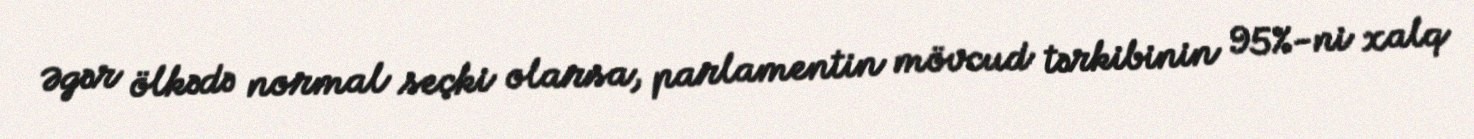
Əgər ölkədə normal seçki olarsa, parlamentin mövcud tərkibinin 95%-ni xalq